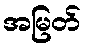
အမြတ်